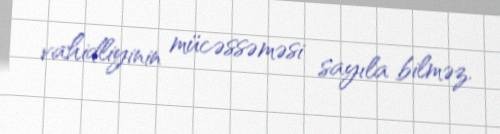
vahidliyinin mücəssəməsi sayıla bilməz.